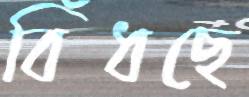
বিঁধছে